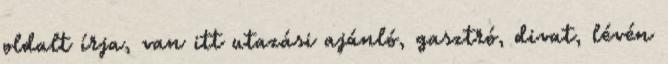
oldalt írja, van itt utazási ajánló, gasztró, divat, lévén